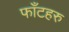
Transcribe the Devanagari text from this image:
फाँटहरु